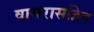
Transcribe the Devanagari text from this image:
वासरासहित